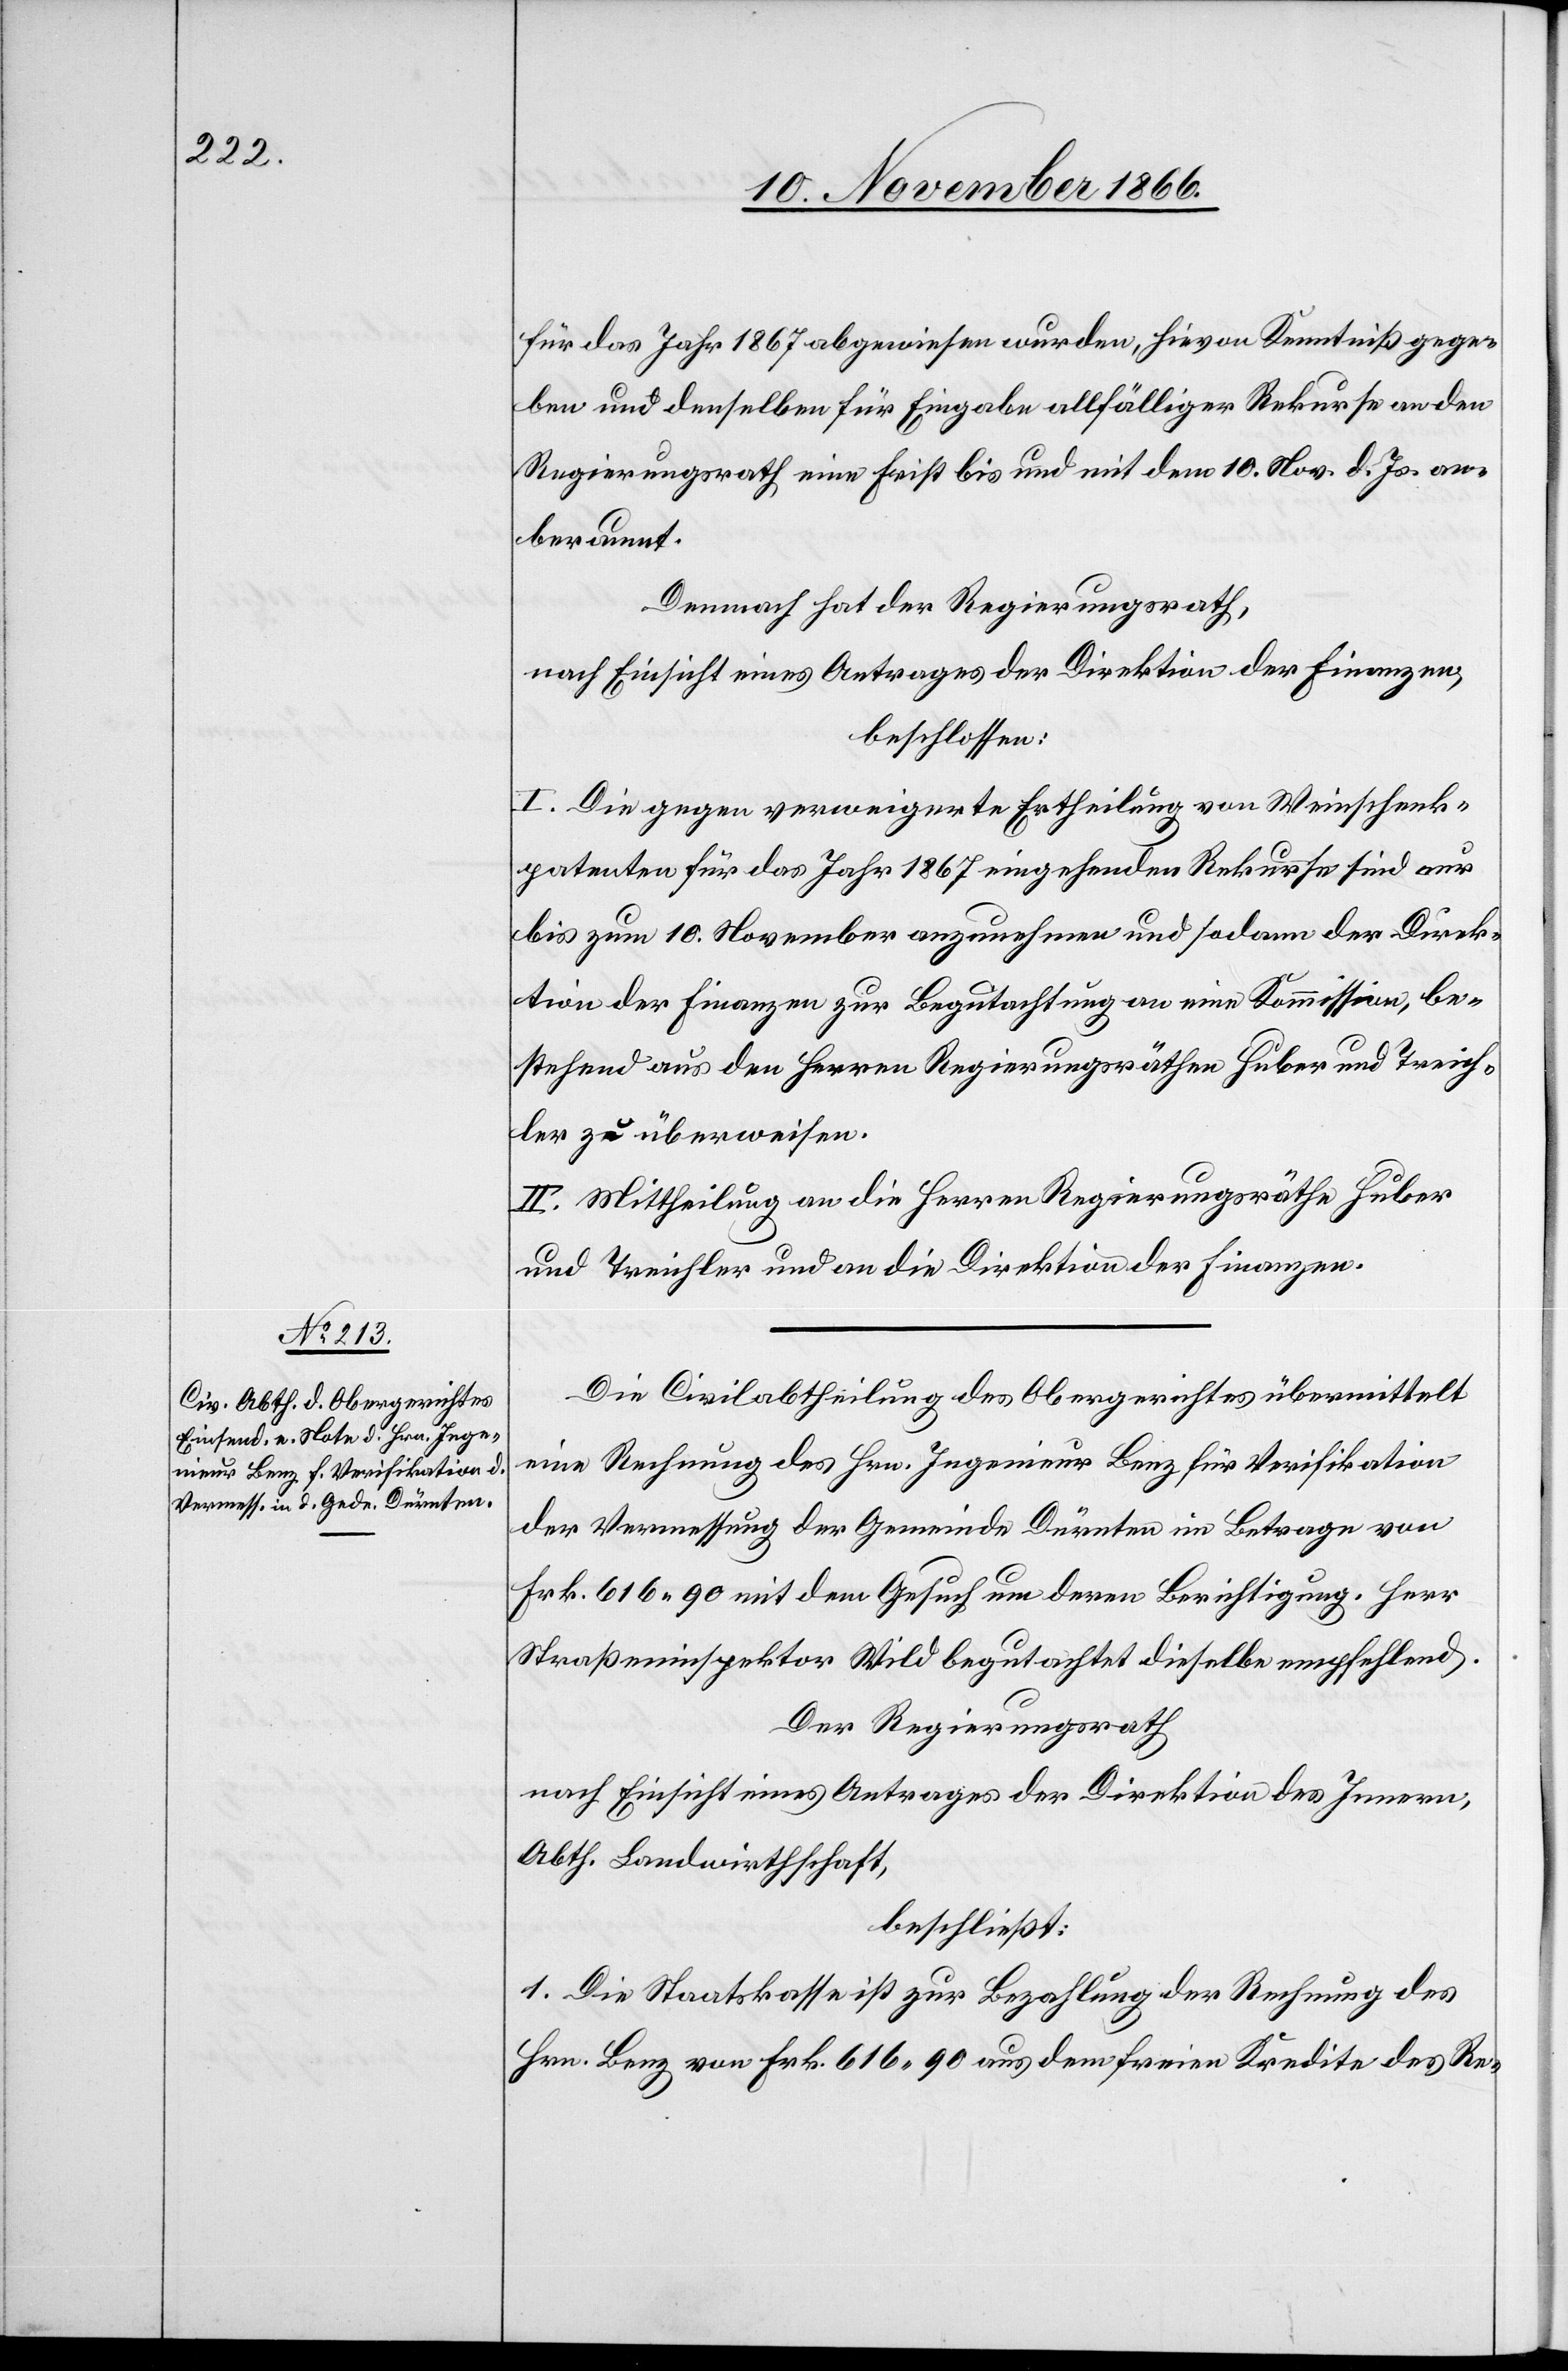
für das Jahr 1867 abgewiesen wurden, hievon Kenntniß gege¬
ben und denselben für Eingabe allfälliger Rekurse an den
Regierungsrath eine Frist bis und mit dem 10. Nov. d. Js. an¬
beraumt.
Demnach hat der Regierungsrath,
nach Einsicht eines Antrages der Direktion der Finanzen,
beschlossen:
I. Die gegen verweigerte Ertheilung von Weinschenk¬
patenten für das Jahr 1867 eingehenden Rekurse sind nur
bis zum 10. November anzunehmen und sodann der Direk¬
tion der Finanzen zur Begutachtung an eine Kommission, be¬
stehend aus den Herren Regierungsräthen Huber und Treich¬
ler zu überweisen.
II. Mittheilung an die Herren Regierungsräthe Huber
und Treichler und an die Direktion der Finanzen.
Die Civilabtheilung des Obergerichtes übermittelt
eine Rechnung des Hrn. Ingenieur Benz für Verifikation
der Vermessung der Gemeinde Dürnten im Betrage von
Frk. 616.90 mit dem Gesuch um deren Berichtigung. Herr
Straßeninspektor Wild begutachtet dieselbe empfehlend.
Der Regierungsrath,
nach Einsicht eines Antrages der Direktion des Innern,
Abth. Landwirthschaft,
beschließt:
1. Die Staatskasse ist zur Bezahlung der Rechnung des
Hrn. Benz von Frk. 616.90 aus dem freien Kredite des Re-